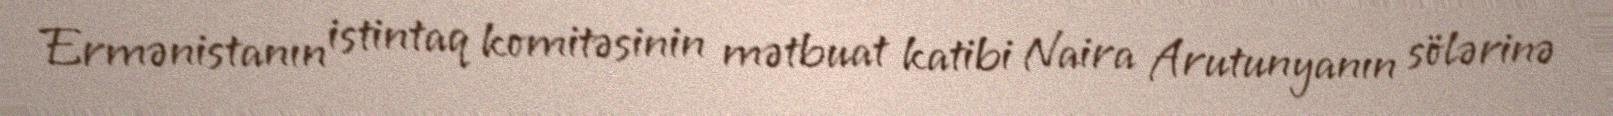
Ermənistanın istintaq komitəsinin mətbuat katibi Naira Arutunyanın sölərinə